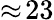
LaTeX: \approx\! 23